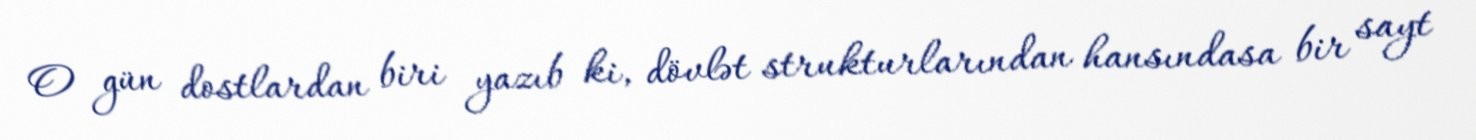
O gün dostlardan biri yazıb ki, dövlət strukturlarından hansındasa bir sayt